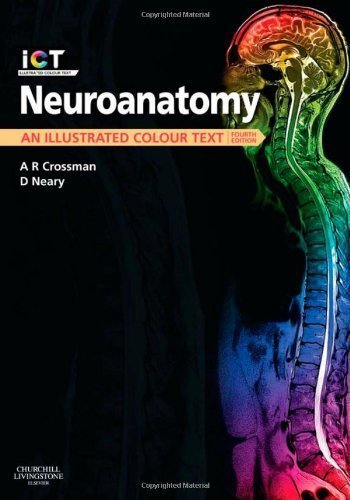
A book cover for Neuroanatomy: An Illustrated Colour Text, 4e 4th (fourth) Edition by Crossman PhD DSc, Alan R., Neary MD FRCP, David [2010]; Alan R. Crossman PhD DSc; Medical Books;